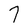
Character: 7